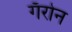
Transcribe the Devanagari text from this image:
गॅरोन